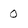
Character: 0